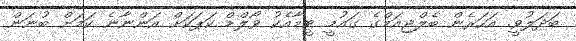
ބަދަލުވީ. އަހަރެން ބެލްޖިއަމްގެ ގައުމީ ޓީމާއެކު ވޯލްޑް ކަޕަކަށް އަންނާނެ ކަމަށް ބުނަން